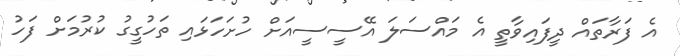
އެ ފަރާތައް ދީފައިވާތީ އެ މައްސަލަ އޭސީސީއަށް ހުށަހަޅައި ތަހުގީގު ކުރުމަށް ފަހު